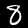
Digit: 8